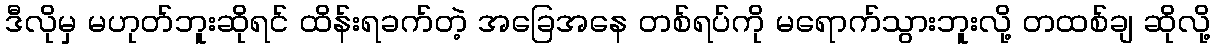
ဒီလိုမှ မဟုတ်ဘူးဆိုရင် ထိန်းရခက်တဲ့ အခြေအနေ တစ်ရပ်ကို မရောက်သွားဘူးလို့ တထစ်ချ ဆိုလို့